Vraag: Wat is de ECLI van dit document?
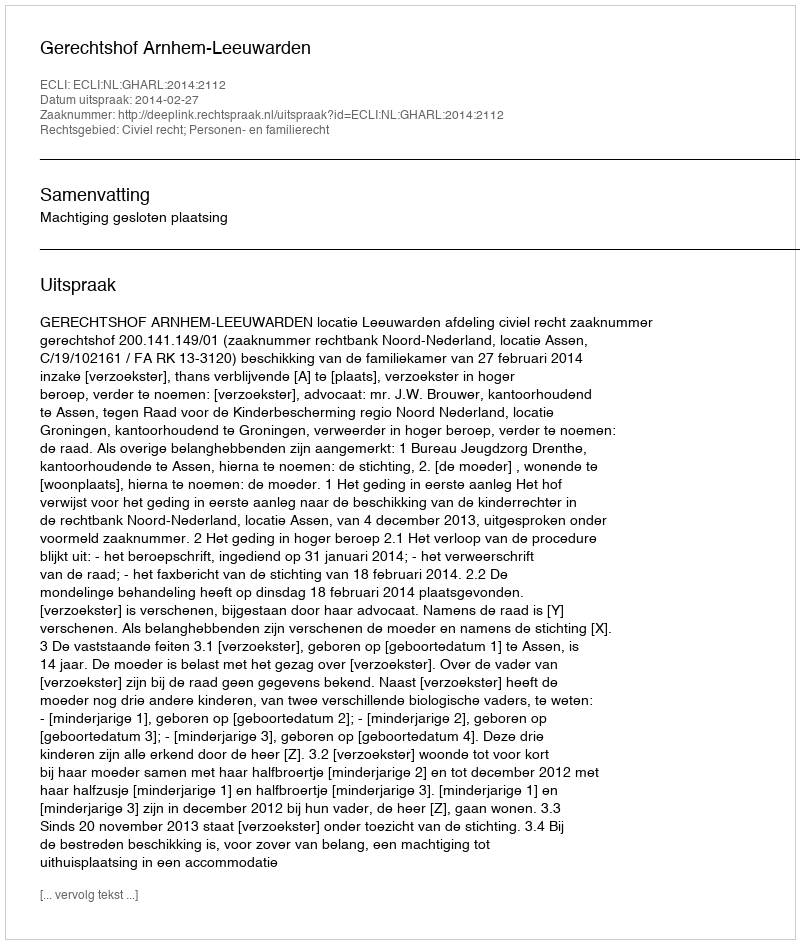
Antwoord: ECLI:NL:GHARL:2014:2112